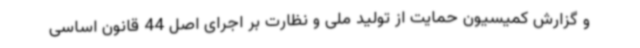
و گزارش کمیسیون حمایت از تولید ملی و نظارت بر اجرای اصل 44 قانون اساسی